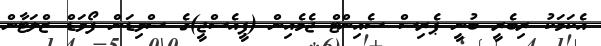
އެކަމަކު ރިބެރީ ބުނީ ޕެރިސް ސެއިންޓް ޖެމެއިން (ޕީއެސްޖީ)ގެ ސްވިޑަން ފޯވަޑް ޒްލަޓާން